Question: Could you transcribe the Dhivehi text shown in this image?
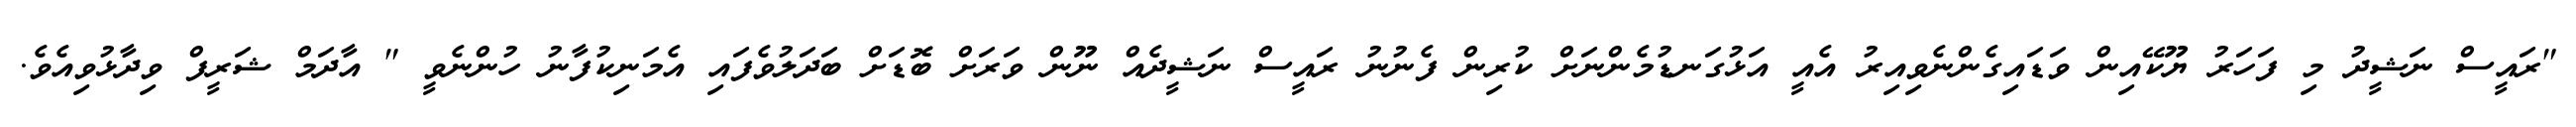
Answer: "ރައީސް ނަޝީދު މި ފަހަރު ޔޫކޭއިން ވަޑައިގެންނެވިއިރު އެއީ އަޅުގަނޑުމެންނަށް ކުރިން ފެނުނު ރައީސް ނަޝީދެއް ނޫން ވަރަށް ބޮޑަށް ބަދަލުވެފައި އެމަނިކުފާނު ހުންނެވީ " އާދަމް ޝަރީފް ވިދާޅުވިއެވެ.